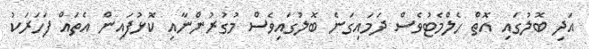
އަދި ބޮލުގައި އޮތް ހެލްމެޓުވެސް ދަމައިގަނެ ބޮލުގައިވެސް މުގުރުންނާއި ކޮޅުފައިން އެތައް ފަހަރަކު